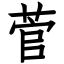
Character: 菅